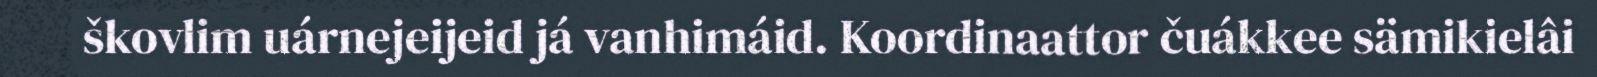
škovlim uárnejeijeid já vanhimáid. Koordinaattor čuákkee sämikielâi